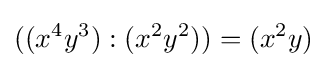
((x^{4}y^{3}):(x^{2}y^{2}))=(x^{2}y)